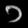
Digit: ၁